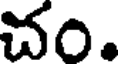
చం.